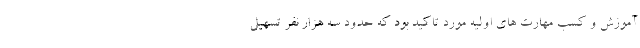
آموزش و کسب مهارت های اولیه مورد تاکید بود که حدود سه هزار نفر تسهیل